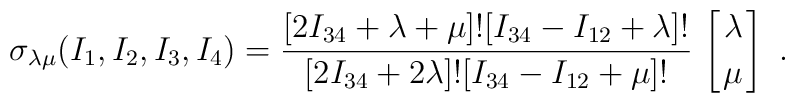
\sigma_{\lambda\mu} (I_1,I_2,I_3,I_4)={[2I_{34}+\lambda+\mu]![I_{34}-I_{12}+\lambda]!\over[2I_{34}+2\lambda]![I_{34}-I_{12}+\mu]!}\,\left[{\lambda\atop\mu}\right] \ .